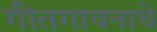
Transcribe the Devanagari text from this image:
गीतगायनाचे